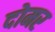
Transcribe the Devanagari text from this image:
दोमर